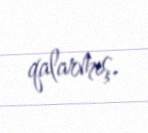
qalarmış.